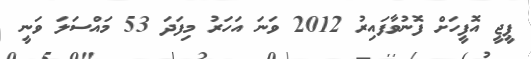
ޕީޖީ އޮފީހަށް ފޮނުވާފައިރު 2012 ވަނަ އަހަރު މިފަދަ 53 މައްސަލަ ވަނީ